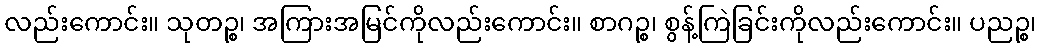
လည်းကောင်း။ သုတဉ္စ၊ အကြားအမြင်ကိုလည်းကောင်း။ စာဂဉ္စ၊ စွန့်ကြဲခြင်းကိုလည်းကောင်း။ ပညဉ္စ၊